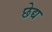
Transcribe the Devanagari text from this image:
छेद्य